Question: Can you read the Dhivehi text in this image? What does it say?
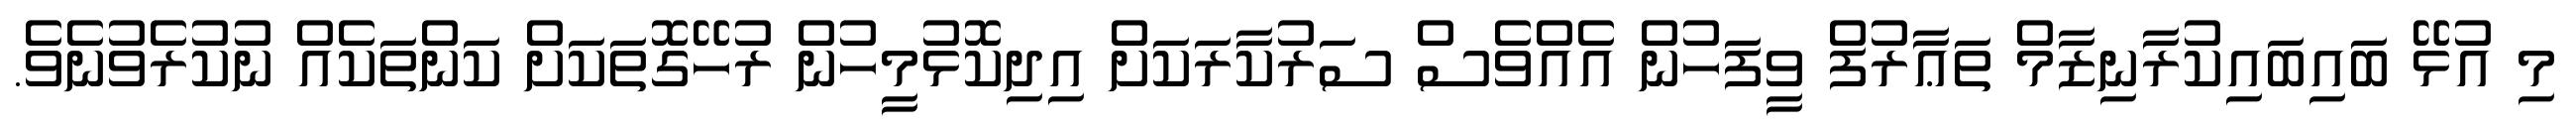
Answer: މި އުޅޭ ބައިބައިކުރާނިޒާމް ތަޢާރުފް ވީފަހުން އެއްވެސް ސަރުކާރަކަށް އިދިކޮޅުމީހުން ރުހޭގޮތަކަށް ކަންތަކެއް ނުކުރެވުނެވެ.